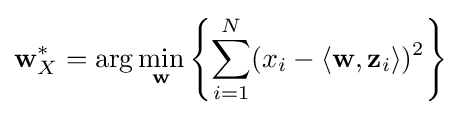
\mathbf {w} _{X}^{*}=\arg \min _{\mathbf {w} }\left\{\sum _{i=1}^{N}(x_{i}-\langle \mathbf {w} ,\mathbf {z} _{i}\rangle )^{2}\right\}